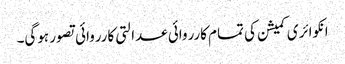
انکوائری کمیشن کی تمام کارروائی عدالتی کارروائی تصور ہوگی۔